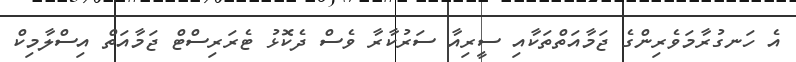
އެ ހަނގުރާމަވެރިންގެ ޖަމާއަތްތަކާއި ސީރިއާ ސަރުކާރާ ވެސް ދެކޮޅު ޓެރަރިސްޓް ޖަމާއަތް އިސްލާމިކް